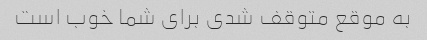
به موقع متوقف شدی برای شما خوب است